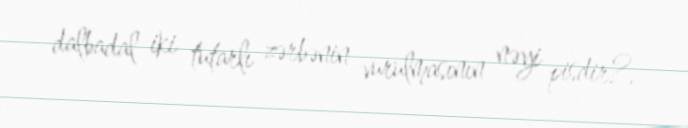
dalbadal iki tutarlı zərbənin vurulmasının nəyi pisdir?.